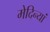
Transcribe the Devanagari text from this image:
मेदिन्यां